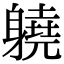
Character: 𨊅